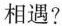
相遇?